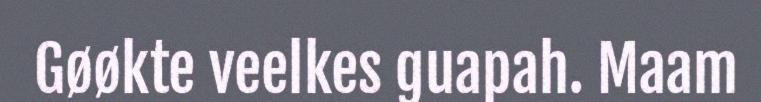
Gøøkte veelkes guapah. Maam